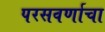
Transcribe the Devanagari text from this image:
परसवर्णाचा